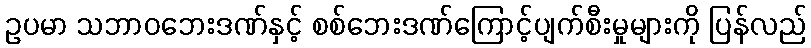
ဥပမာ သဘာဝဘေးဒဏ်နှင့် စစ်ဘေးဒဏ်ကြောင့်ပျက်စီးမှုများကို ပြန်လည်